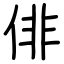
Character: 俳